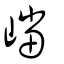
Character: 𡽊